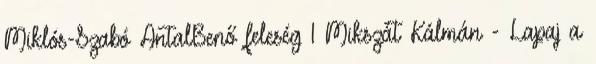
Miklós-Szabó AntalBenő feleség 1 Mikszát Kálmán - Lapaj a